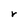
Character: r